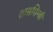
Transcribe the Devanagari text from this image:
ताम्रशिम्बी